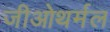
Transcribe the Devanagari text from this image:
जीओथर्मल